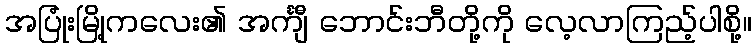
အပြုံးမြို့ကလေး၏ အင်္ကျီ ဘောင်းဘီတို့ကို လေ့လာကြည့်ပါစို့။